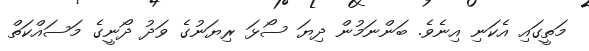
މަތީގައި އެކަނި އިނެވެ. ބަންނަމުން ދިޔަ ސޯޅަ ރިޔަނުގެ ވަދު ދޯނީގެ މަސައްކަތް